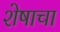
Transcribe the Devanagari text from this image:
शेषाचा